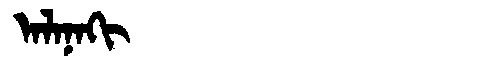
Manchu: ᠠᠯᠠᠨᠠᡴᡳ
Romanization: ALANAKI